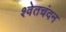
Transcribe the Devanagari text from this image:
श्‍वेतचंदन